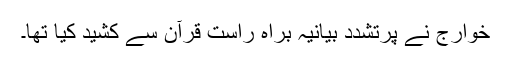
خوارج نے پرتشدد بیانیہ براہ راست قرآن سے کشید کیا تھا۔